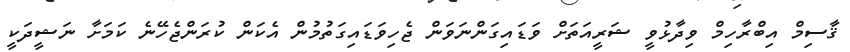
ޤާސިމް އިބްރާހިމް ވިދާޅުވީ ޝަރީއަތަށް ވަޑައިގަންނަވަން ޖެހިވަޑައިގަތުމުން އެކަން ކުރަންޖެހޭނެ ކަމަށާ ނަޝީދަކީ